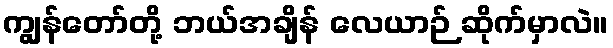
ကျွန်တော်တို့ ဘယ်အချိန် လေယာဉ် ဆိုက်မှာလဲ။